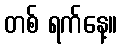
တစ် ရက်နေ့။